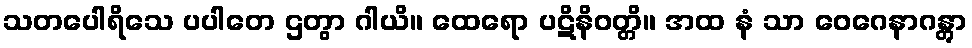
သတပေါရိသေ ပပါတေ ဌတွာ ဂါယိ။ ထေရော ပဋိနိဝတ္တိ။ အထ နံ သာ ဝေဂေနာဂန္တွာ